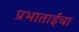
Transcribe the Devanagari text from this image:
प्रभाताईंचा